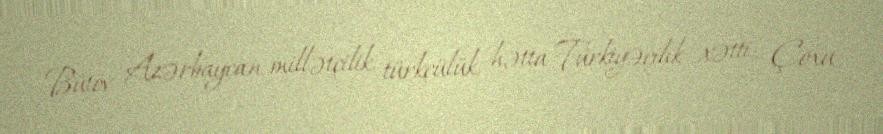
Bütöv Azərbaycan, millətçilik, türkçülük, hətta Türkiyəçilik xətti... Çoxu